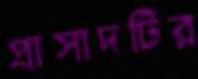
প্রাসাদটির